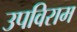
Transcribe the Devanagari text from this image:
उपविराम